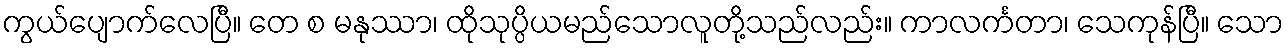
ကွယ်ပျောက်လေပြီ။ တေ စ မနုဿာ၊ ထိုသုပ္ပိယမည်သောလူတို့သည်လည်း။ ကာလင်္ကတာ၊ သေကုန်ပြီ။ သော